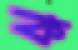
ক